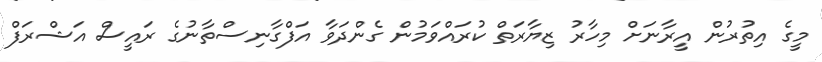
މީގެ އިތުރުން އީރާނަށް މިހާރު ޒިޔާރަތް ކުރައްވަމުން ގެންދަވާ އަފްގާނިސްތާނުގެ ރައީސް އަޝްރަފް